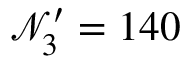
\mathcal { N } _ { 3 } ^ { \prime } = 1 4 0